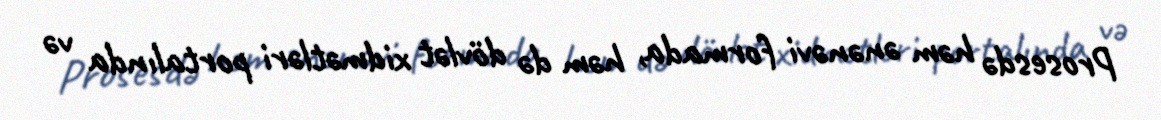
Prosesdə həm ənənəvi formada, həm də dövlət xidmətləri portalında və